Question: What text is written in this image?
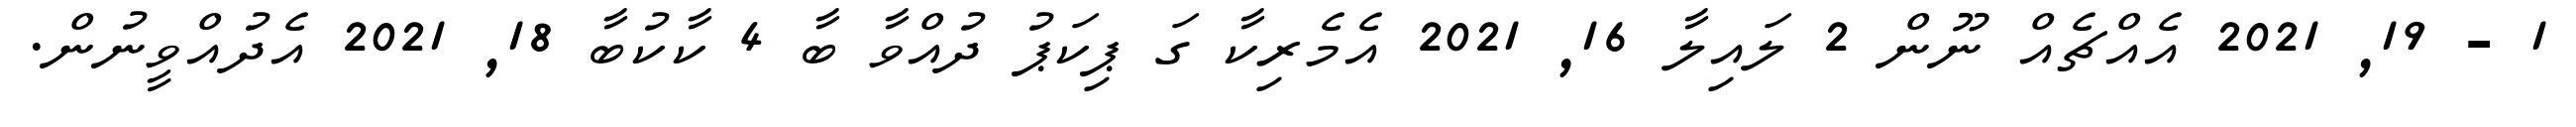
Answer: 1 - 19, 2021 އެއްޗެއް ނޫން 2 ލައިލާ 16, 2021 އެމެރިކާ ގަ ޕިކަޕު ދުއްވާ ބާ 4 ކާކުބާ 18, 2021 އެދުއްވީނުން.